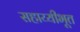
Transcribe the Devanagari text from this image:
सहाय्यीभूत